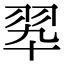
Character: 翆